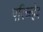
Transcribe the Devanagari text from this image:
परिच्च्हेद